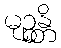
မုဉ္စန္တိ